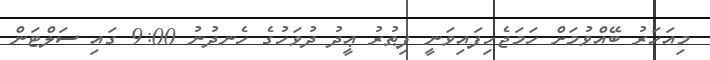
މިއަހަރު ބޭއްވުމަށް ހަމަޖެހިފައިވަނީ ފިޠުރު ޢީދު ދުވަހުގެ ހެނދުނު 9:00 ގައި ސަލްޓަން